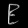
Digit: ၉